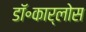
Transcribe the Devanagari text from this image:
डॉ॰कार्लोस